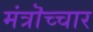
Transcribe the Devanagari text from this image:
मंत्रॊच्चार